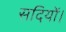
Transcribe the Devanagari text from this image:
सदियों।